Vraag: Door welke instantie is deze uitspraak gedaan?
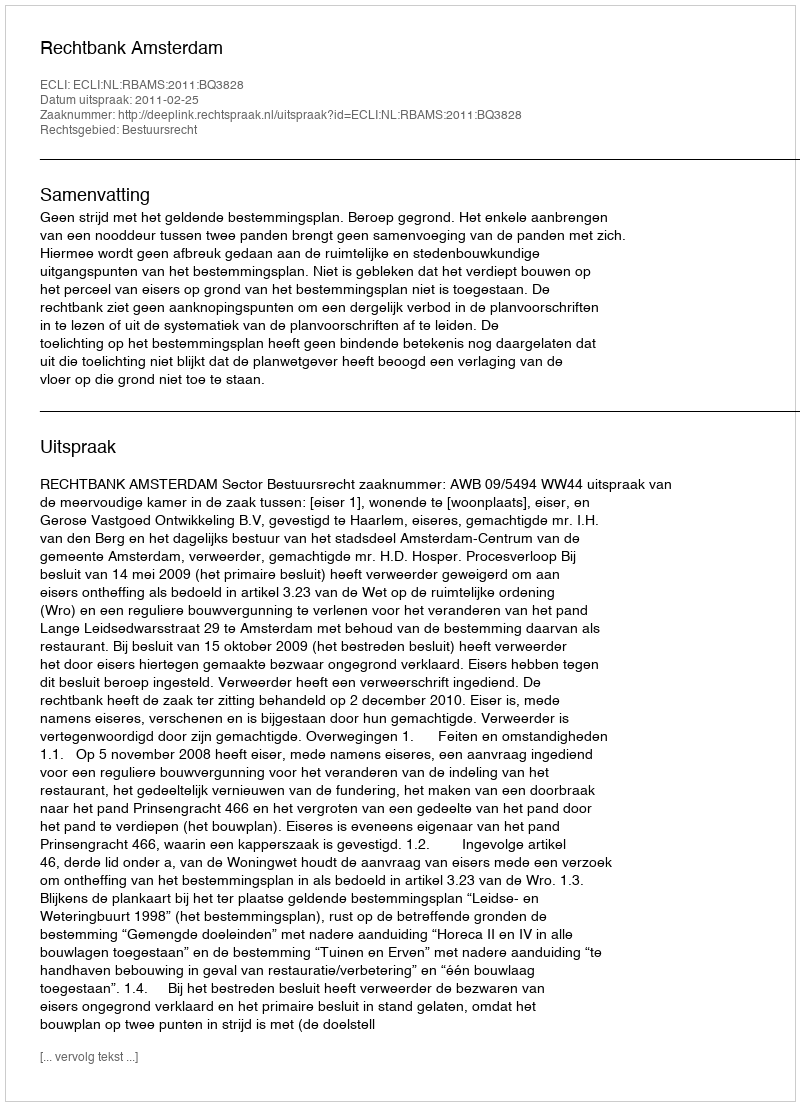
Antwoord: Rechtbank Amsterdam